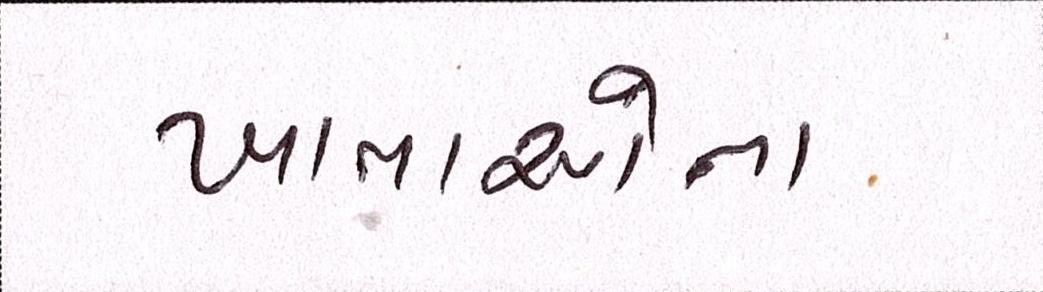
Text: ખાતાઓના